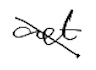
Text: act
Cross-out: diagonal
Writing tool: digital_black